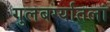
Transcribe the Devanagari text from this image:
गुलबर्ग्यातला